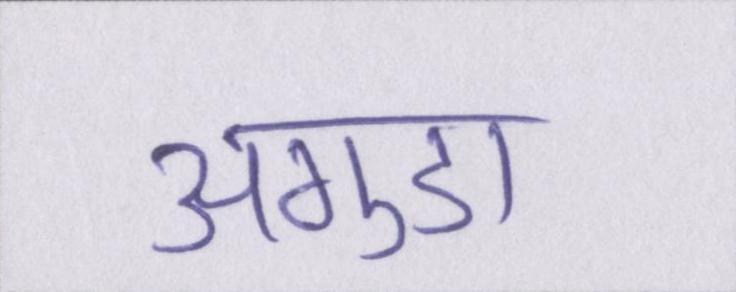
अगुडा